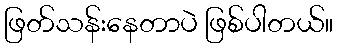
ဖြတ်သန်းနေတာပဲ ဖြစ်ပါတယ်။